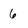
Character: 6